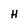
Character: H